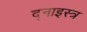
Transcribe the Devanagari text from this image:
द्नाइस्त्र